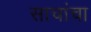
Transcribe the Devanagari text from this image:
साचांचा